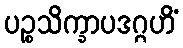
ပဉ္စသိက္ခာပဒဂ္ဂဟိံ